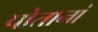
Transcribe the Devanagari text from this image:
पोतानां